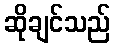
ဆိုချင်သည်